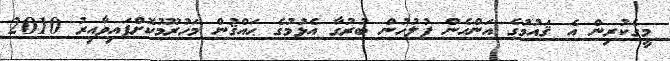
މީގެކުރިން އެ ޤައުމުގެ އަންހެން ފުލުހުން ބުރުގާ އެޅުމުގެ ޙައްޤުން މަހުރޫމުކޮށްފައިވާއިރު 2010